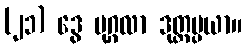
(၂၁) ဒွေ ပုဂ္ဂလာ ဒုတ္တပ္ပယာ။